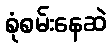
စုံစမ်းနေဆဲ